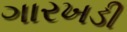
ગારખડી